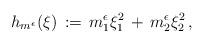
LaTeX: \begin{align*}h_{m^\epsilon}(\xi)\,:=\,m^\epsilon_1\xi_1^2\,+\,m^\epsilon_2\xi_2^2\,,\end{align*}